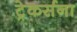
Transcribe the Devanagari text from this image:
ट्रेकर्सना